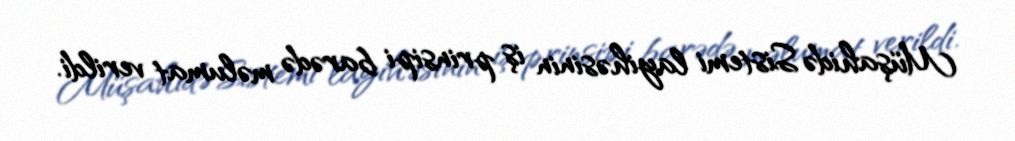
Müşahidə Sistemi layihəsinin iş prinsipi barədə məlumat verildi.